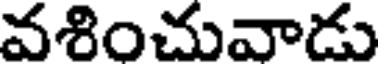
వశించువాడు